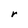
Character: r